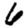
Digit: 6